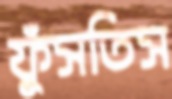
ফুঁসতিস